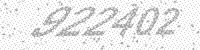
Solution: 922402